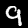
Digit: 9